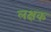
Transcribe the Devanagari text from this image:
लक्षक